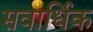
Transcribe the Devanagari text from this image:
सवार्धिक